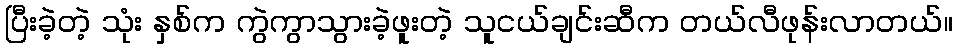
ပြီးခဲ့တဲ့ သုံး နှစ်က ကွဲကွာသွားခဲ့ဖူးတဲ့ သူငယ်ချင်းဆီက တယ်လီဖုန်းလာတယ်။